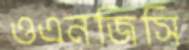
ওএনজিসি